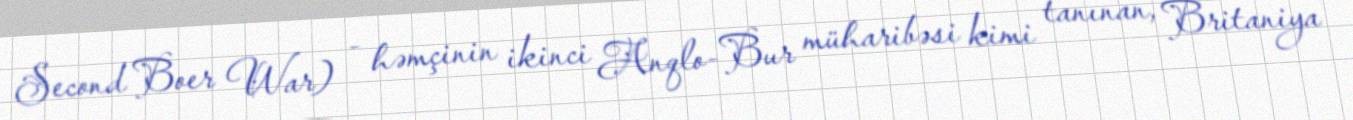
Second Boer War) - həmçinin ikinci Anqlo-Bur müharibəsi kimi tanınan, Britaniya